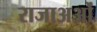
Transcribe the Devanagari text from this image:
राजाअओं